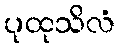
ပုထုသိလံ